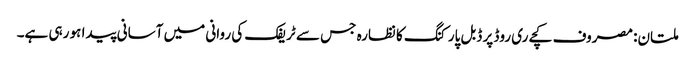
ملتان: مصروف کچےری روڈ پر ڈبل پارکنگ کا نظارہ جس سے ٹریفک کی روانی میں آسانی پیدا ہو رہی ہے۔